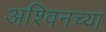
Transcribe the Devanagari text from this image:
अश्विनच्या